Annual report of the Madras Medical College
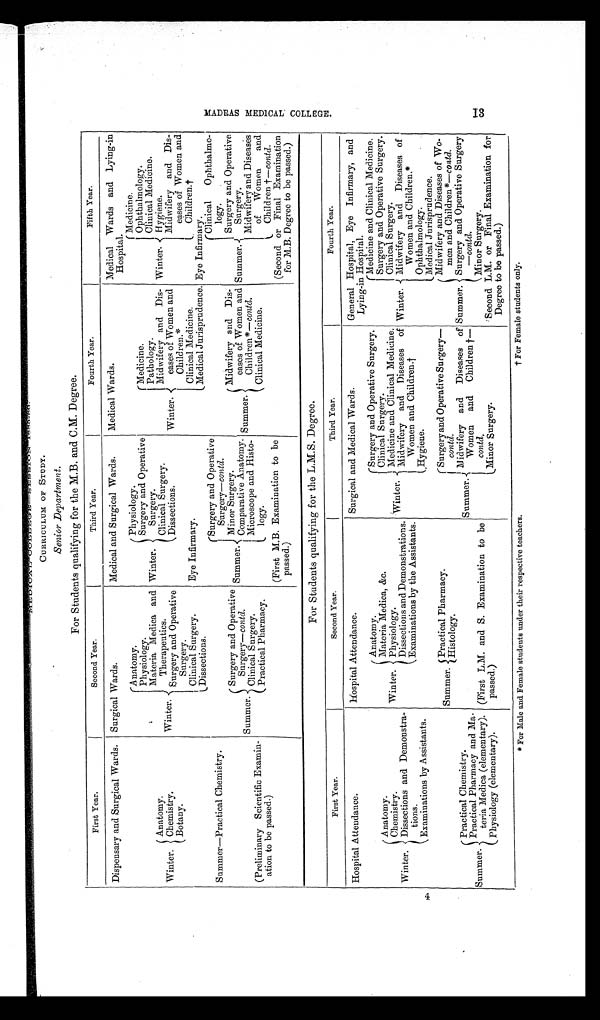
CURRICULUM OF STUDY.
Senior Department .
For Students qualifying for the M.B. and C.M. Degree.
First Year.
Second Year.
Third Year.
Fourth Year.
Fifth Year.
Dispensary and Surgical Wards. Surgical Wards.
Medical and Surgical Wards.
Medical Wards.
Medical Wards and Lying-in
Hospital.
Winter.
Anatomy.
Winter.
Anatomy.
Winter.
Physiology.
Winter.
Medicine.
Winter.
Medicine.
Ophthalmology.
Physiology.
Surgery and Operative
Surgery.
Pathology.
Clinical Medicine.
Materia Medica and
Therapeutics.
Surgery and Operative
Surgery.
Midwifery and Dis-
eases of Women and
**
Children.*
Hygiene.
C l i n i c a l S u r g e r y .
Dissections.
Chemistry.
Midwifery and Dis-
eases of Women and
Children.†
Botany.
Clinical Surgery.
Eye Infirmary.
Clinical Medicine.
Dissections.
Medical Jurisprudence. Eye Infirmary.
Summer—Practical Chemistry,
Summer.
Surgery and Operative
Surgery— contd.
Summer.
Clinical Ophthalmo-
logy.
Summer.
Surgery and Operative
Surgery— contd.
Minor Surger.
Summer.
Midwifery and Dis-
eases of Women and
Children*— contd.
S u r g e r y a n d O p e r a t i v e
Surgery.
Comparative Anatomy.
Midwifery and Diseases
of Women
and
Children †—contd.
(Preliminary Scientific Examin-
ation to be passed.)
Clinical Surgery.
Microscope and Histo-
logy .
Clinical Medicine .
Practical Pharmacy.
(First M.B. Examination to be
passed.)
(Second or Final Examination
for M.B. Degree to be passed.)
For Students qualifying for the L.M.S. Degree.
First Year.
Second Year.
Third Year.
Fourth Year.
Hospital Attendance.
Hospital Attendance.
Surgical and Medical Wards.
General Hospital, Eye Infirmary, and
Lying-in Hospital.
Winter.
Anatomy.
Winter.
Anatomy.
Winter.
Surgery and Operative Surgery.
Winter.
Medicine and Clinical Medicine.
Materia Medica, &c.
Clinical Surgery.
Surgery and Operative Surgery.
Chemistry.
Physiology.
M e d i c i n e a n d C l i n i c a l M e d i c i n e .
Clinical Surgery.
Midwifery and Diseases of
Women and Children.†
Midwifery and Diseases of
Women and Children.*
Dissections and Demonstra-
tions.
Dissections and Demonstrations.
Examinations by the Assistants.
Examinations by Assistants.
Summer. Practical Pharmacy.
Histology.
Hygiene.
Ophthalmology.
Summer.
Practical Chemistry.
Medical Jurisprudence.
Summer.
Surgery and Operative Surgery—
contd.
Midwifery and Diseases of Wo-
men and Children*—contd.
Midwifery and Diseases of
Women and Children †
contd.
Summer. Surgery and Operative Surgery
— contd.
Practical Pharmacy and Ma-
teria Medica (elementary). (First L.M. and S. Examination to be
passed.)
Minor Surgery.
Physiology (elementary).
Minor Surgery.
Second L.M. or Final Examination for
Degree to be passed.)
M A D R A S M E D I C A L C O L L E G E .
13
* For Male and Female students under their respective teachers.
† For Female students only.